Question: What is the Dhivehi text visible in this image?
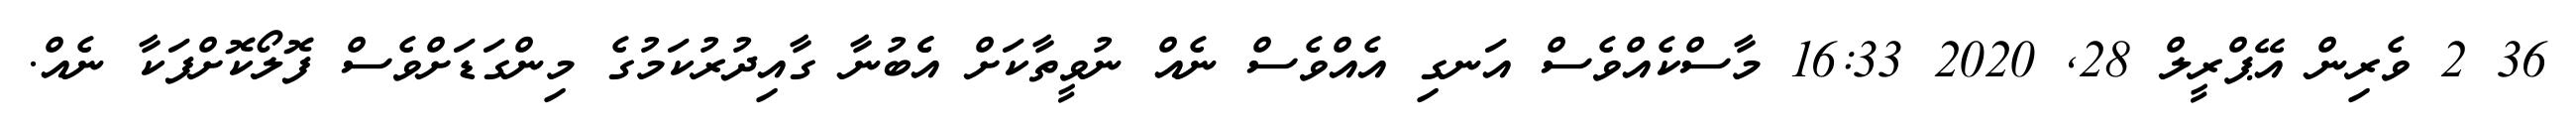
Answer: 36 2 ވެރިން އޭޕްރީލް 28, 2020 16:33 މާސްކެއްވެސް އަނގި އެއްވެސް ނެއް ނުވީތާކަށް އެެބުނާ ގާއިދުރުކަމުގެ މިންގަޑަށްވެސް ފޮލޯކޮށްފަކާ ނެއް.